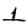
Digit: 1